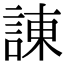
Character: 諌